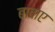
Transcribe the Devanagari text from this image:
बाबाए